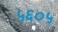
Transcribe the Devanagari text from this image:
५६०५